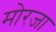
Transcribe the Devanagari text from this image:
मोरजा